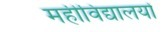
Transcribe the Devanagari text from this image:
महीविद्यालयों